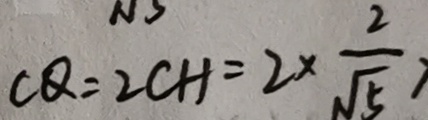
C Q = 2 C H = 2 \times \frac { 2 } { \sqrt { 5 } }